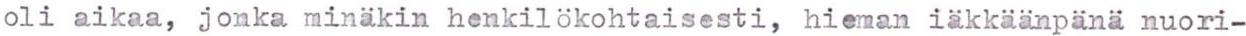
oli aikaa, jonka minäkin henkilökohtaisesti, hieman iäkkäänpänä nuori-